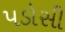
પડોસી